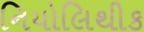
નિયોલિથીક